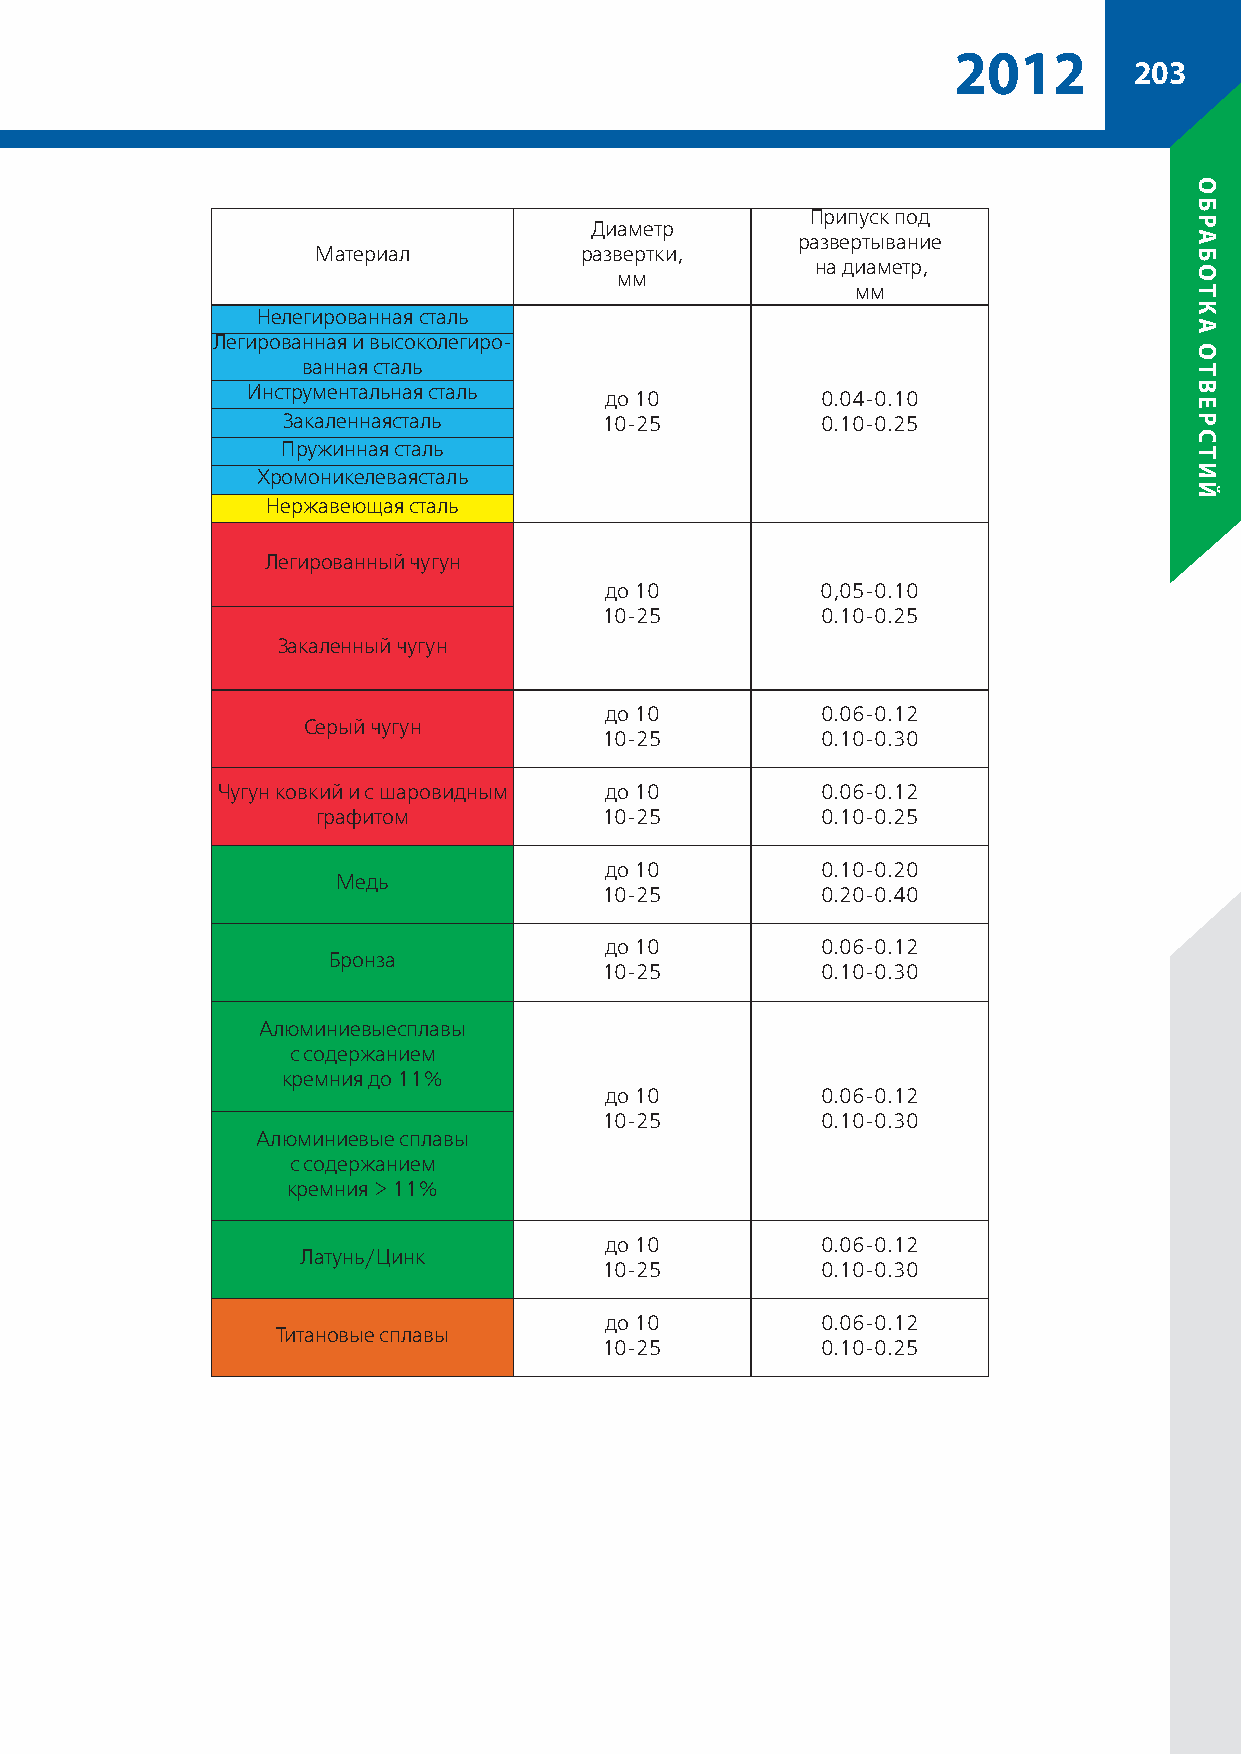
2012
 203
 Припуск под
 Диаметр
 развертывание
 Материал         развертки,
 на диаметр,
 мм
 мм
 Нелегированная сталь
 Легированная и высоколегиро-
 ванная сталь
 Инструментальная сталь
 до 10         0.04-0.10
 Закаленнаясталь      10-25         0.10-0.25
 Пружинная сталь
 Хромоникелеваясталь
 Нержавеющая сталь
 Легированный чугун
 до 10         0,05-0.10
 10-25         0.10-0.25
 Закаленный чугун
 до 10         0.06-0.12
 Серый чугун
 10-25         0.10-0.30
 Чугун ковкий и с шаровидным до 10       0.06-0.12
 графитом           10-25         0.10-0.25
 до 10         0.10-0.20
 Медь
 10-25         0.20-0.40
 до 10         0.06-0.12
 Бронза
 10-25         0.10-0.30
 Алюминиевыесплавы
 с содержанием
 кремния до 11%
 до 10         0.06-0.12
 10-25         0.10-0.30
 Алюминиевые сплавы
 с содержанием
 кремния > 11%
 до 10         0.06-0.12
 Латунь/Цинк
 10-25         0.10-0.30
 до 10         0.06-0.12
 Титановые сплавы
 10-25         0.10-0.25
 обработка
 отверстий